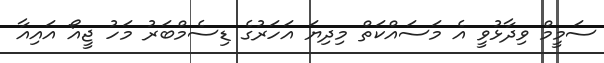
ސަމީމް ވިދާޅުވީ އެ މަސައްކަތް މިދިޔަ އަހަރުގެ ޑިސެމްބަރު މަހު ޖީއޯ އައިއާ